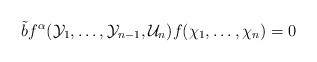
LaTeX: \begin{align*} \tilde{b}f^{\alpha}(\mathcal{Y}_1,\ldots,\mathcal{Y}_{n-1},\mathcal{U}_n) f(\chi_1,\ldots,\chi_n) =0 \end{align*}